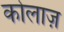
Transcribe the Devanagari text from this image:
कोलाज़